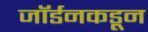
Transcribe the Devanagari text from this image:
जॉर्डनकडून